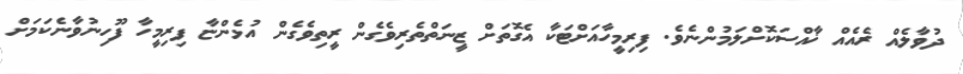
ދުވާލެއް ރެއެއް ޚާއްސަކޮށްލަމުންނެވެ. ފިރިމީހާއަށްޓަކާ އެގޮތަށް ޒީނަތްތެރިވެގެން ރީތިވެގެން އުޅެންޏާ ފިރިމީހާ ފޫހިނުވާނެކަމަށް